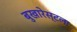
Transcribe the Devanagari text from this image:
बुखारेस्टला